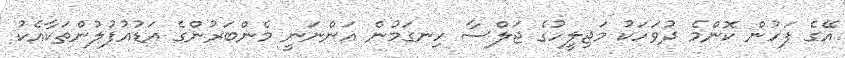
އޭގެ ފަހުން ކޮންމެ ދުވަހަކު މަޖިލީހުގެ ޖަލްސާ ހިނގަމުން އަންނަނީ މެންބަރުންގެ އަޑުއުފުލުންތަކާއެކު